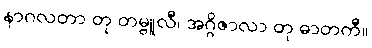
နာဂလတာ တု တမ္ဗူလီ၊ အဂ္ဂိဇာလာ တု ဓာတကီ။